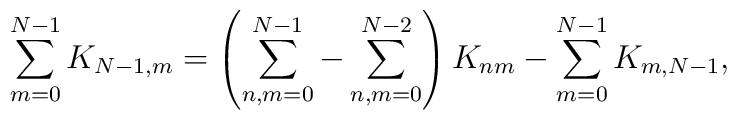
\sum_{m=0}^{N-1}K_{N-1,m}=\left(\sum_{n,m=0}^{N-1}-\sum_{n,m=0}^{N-2}\right)K_{nm}-\sum_{m=0}^{N-1}K_{m,N-1},